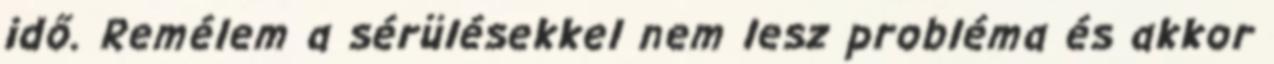
idő. Remélem a sérülésekkel nem lesz probléma és akkor